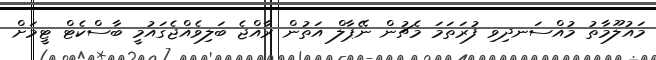
މައުލޫމާތު މުއްސަނދިވި ފުރަތަމަ މެޗުން ނޭޕާލް އަތުން ރާއްޖެ ބަލިވެއްޖެގައުމީ ބާސްކެޓް ޓީމަށް